Vaccine operations Central Provinces & Berar 1922-1929 - 1922-1929
Year: 1922
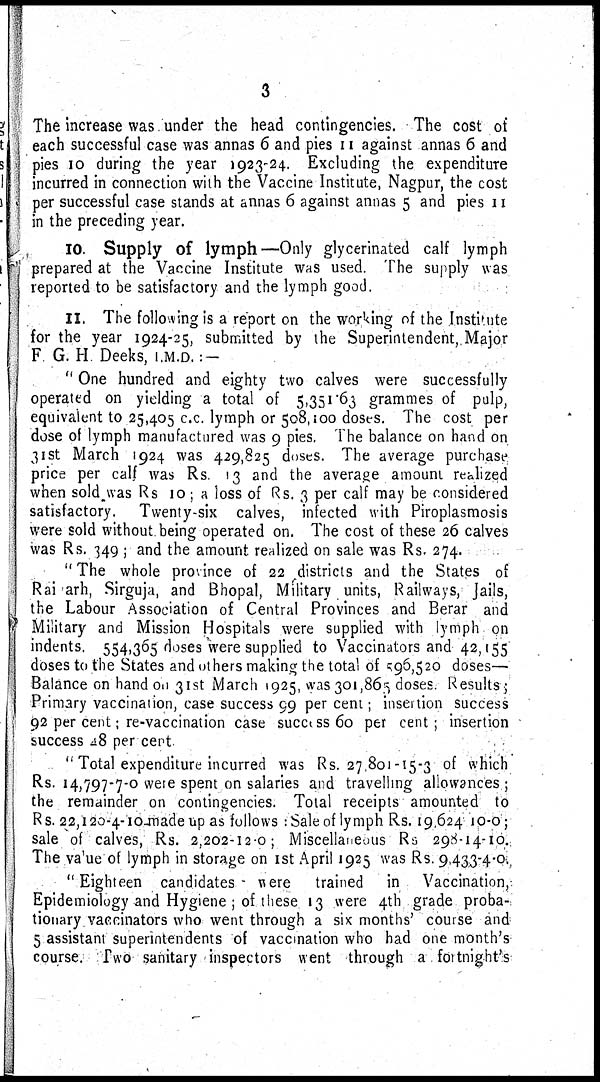
3
The increase was under the head contingencies. The cost of
each successful case was annas 6 and pies 11 against annas 6 and
pies 10 during the year 1923-24. Excluding the expenditure
incurred in connection with the Vaccine Institute, Nagpur, the cost
per successful case stands at annas 6 against annas 5 and pies 11
in the preceding year.
10. Supply of lymph—Only glycerinated calf lymph
prepared at the Vaccine Institute was used. The supply was
reported to be satisfactory and the lymph good.
11. The following is a report on the working of the Institute
for the year 1924-25, submitted by the Superintendent, Major
F G. H Deeks, I.M.D. :-
" One hundred and eighty two calves were successfully
operated on yielding a total of 5,351.63 grammes of pulp,
equivalent to 25,405 c.c. lymph or 508,100 doses. The cost per
dose of lymph manufactured was 9 pies. The balance on hand on
31st March 1924 was 429,825 doses. The average purchase
price per calf was Rs. 13 and the average amount realized
when sold, was Rs 10; a loss of Rs. 3 per calf may be considered
satisfactory. Twenty-six calves, infected with Piroplasmosis
were sold without being operated on. The cost of these 26 calves
was Rs. 349 ; and the amount realized on sale was Rs. 274.
"The whole province of 22 districts and the States of
Rai arh, Sirguja, and Bhopal, Military units, Railways, Jails,
the Labour Association of Central Provinces and Berar and
Military and Mission Hospitals were supplied with lymph on
indents. 554,365 doses were supplied to Vaccinators and 42,155
doses to the States and others making the total of 596,520 doses—
Balance on hand on 31st March 1925, was 301,865 doses. Results;
Primary vaccination, case success 99 per cent; insention success
92 per cent; re-vaccination case success 60 per cent; insertion
success 48 per cent
"Total expenditure incurred was Rs. 27,801-15-3 of which
Rs. 14,797-7-0 were spent on salaries and travelling allowances ;
the remainder on contingencies. Total receipts amounted to
Rs. 22,120-4-10-made up as follows : Sale of lymph Rs. 19,624 10-0;
sale of calves, Rs. 2,202-12-0; Miscellaneous Rs 298-14-10.
The value of lymph in storage on 1st April 1925 was Rs. 9,433-4-0.
"Eighteen candidates were trained in Vaccination,
Epidemiology and Hygiene ; of these 13 were 4th grade proba-
tionary vaccinators who went through a six months' course and
5 assistant superintendents of vaccination who had one month's
course. Two sanitary inspectors went through a fortnight's